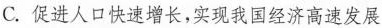
C. 促进人口快速增长，实现我国经济高速发展